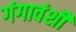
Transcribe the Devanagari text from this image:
गंगावंशी